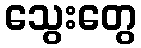
သွေးတွေ